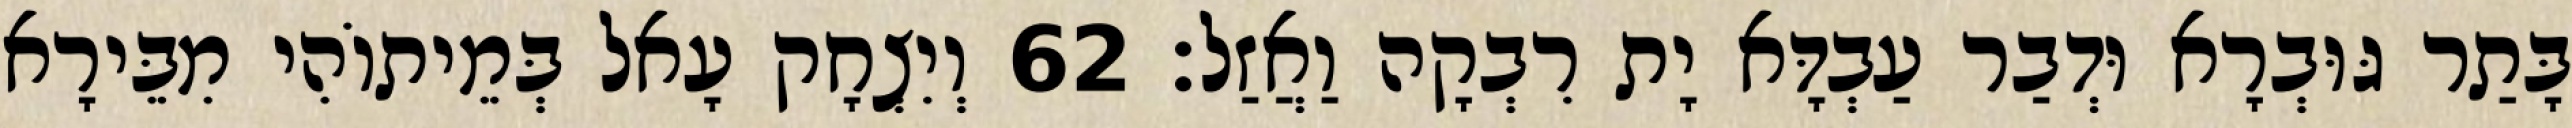
בָּתַר גּוּבְרָא וּדְבַר עַבְדָּא יָת רִבְקָה וַאֲזַל׃ 62 וְיִצְחָק עָאל בְּמֵיתוֹהִי מִבֵּירָא